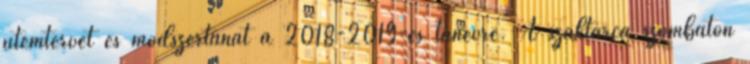
ütemtervét és módszertanát a 2018-2019-es tanévre. A szaktárca szombaton